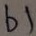
Text: b1